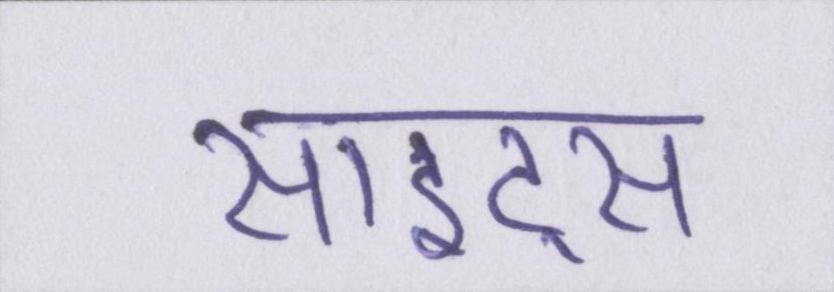
साइट्स